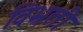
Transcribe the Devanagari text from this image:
विभ्रती